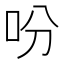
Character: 吩